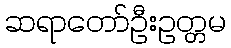
ဆရာတော်ဦးဥတ္တမ